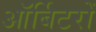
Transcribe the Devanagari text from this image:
ऑर्बिटरों